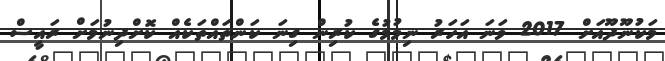
މަކުނޫދޫއަށް 2017 ވަނަ އަހަރު ނިމުމުގެ ކުރިން ގިނަ ކަންތައްތަކެއް ކޮށްދިނުމަށް ރައީސް